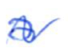
Text: a
Cross-out: wave
Writing tool: ballpoint